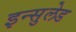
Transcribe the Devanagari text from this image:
इन्सुलेड